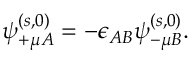
\psi _ { + \mu A } ^ { ( s , 0 ) } = - \epsilon _ { A B } \psi _ { - \mu B } ^ { ( s , 0 ) } .